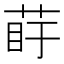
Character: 𦰲